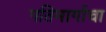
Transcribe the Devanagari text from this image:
गतिमार्गाचा